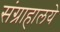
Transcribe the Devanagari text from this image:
संग्राहालये